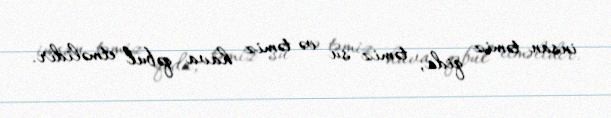
insan təmiz qida, təmiz su və təmiz hava qəbul etməlidir.